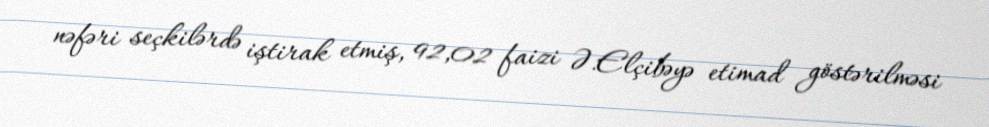
nəfəri seçkilərdə iştirak etmiş, 92,02 faizi Ə.Elçibəyə etimad göstərilməsi